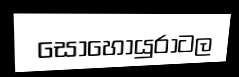
සොහොයුරාටල